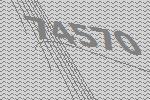
74570